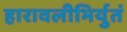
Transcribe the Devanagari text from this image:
हारावलीभिर्युतं